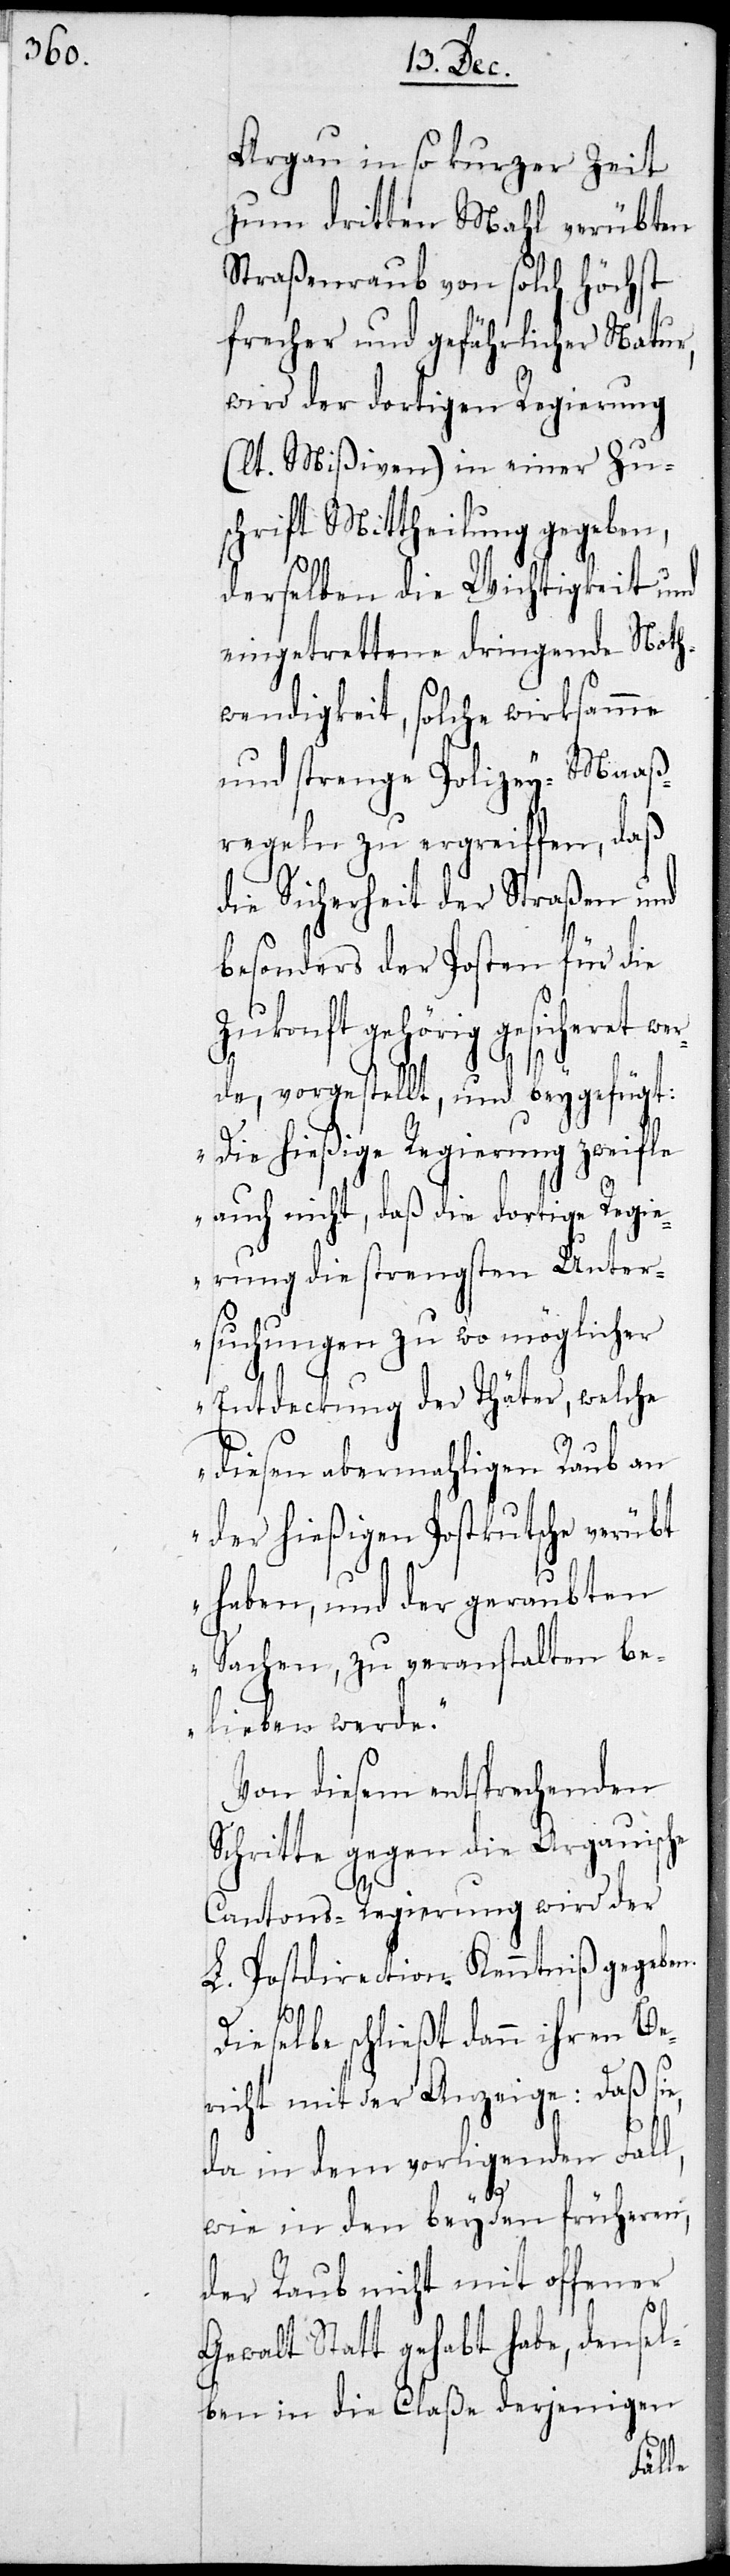
Aargau in so kurzer Zeit
zum dritten Mahl verübten
Straßenraub von solch höchst
frecher und gefährlicher Natur,
wird der dortigen Regierung
(lt. Mißiven) in einer Zu¬
schrift Mittheilung gegeben,
derselben die Wichtigkeit und
eingetrettene dringende Not¬
wendigkeit, solche wirksame
und strenge Polizey-Maaß¬
regeln zu ergreiffen, daß
die Sicherheit der Straßen und
besonders der Posten für die
et wer¬
Zukonft gehörig gesi¬
de, vorgestellt, und beygefügt:
“Die hießige Regierung zweifle
auch nicht, daß die dortige Regie¬
rung die strengsten Unter¬
sche
suchungen zu wo
lche
Entdeckung der Th¬
diesen abermahli¬
eraub¬
der hießigen Postk¬
ntniß
haben, und der g¬
be¬
Sachen, zu veranst¬
lieben werde.“
Von diesem entsprechenden
e,
chritte gegen die
der
Cantons-Regierung
gegeben.
L. Postdirection Ken¬
Dieselbe schließt dann ihren Be¬
richt mit der Anzeige: Daß si¬
da in dem vorligenden Fall,
wie in den beyden früheren,
der Raub nicht mit offener
Gewalt Statt gehabt habe, densel¬
ben in die Claße derjenigen